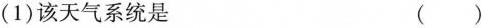
(1)该天气系统是 ()